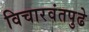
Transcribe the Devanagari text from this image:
विचारवंतपुढे